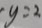
y = 2